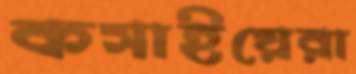
কসাইয়েরা